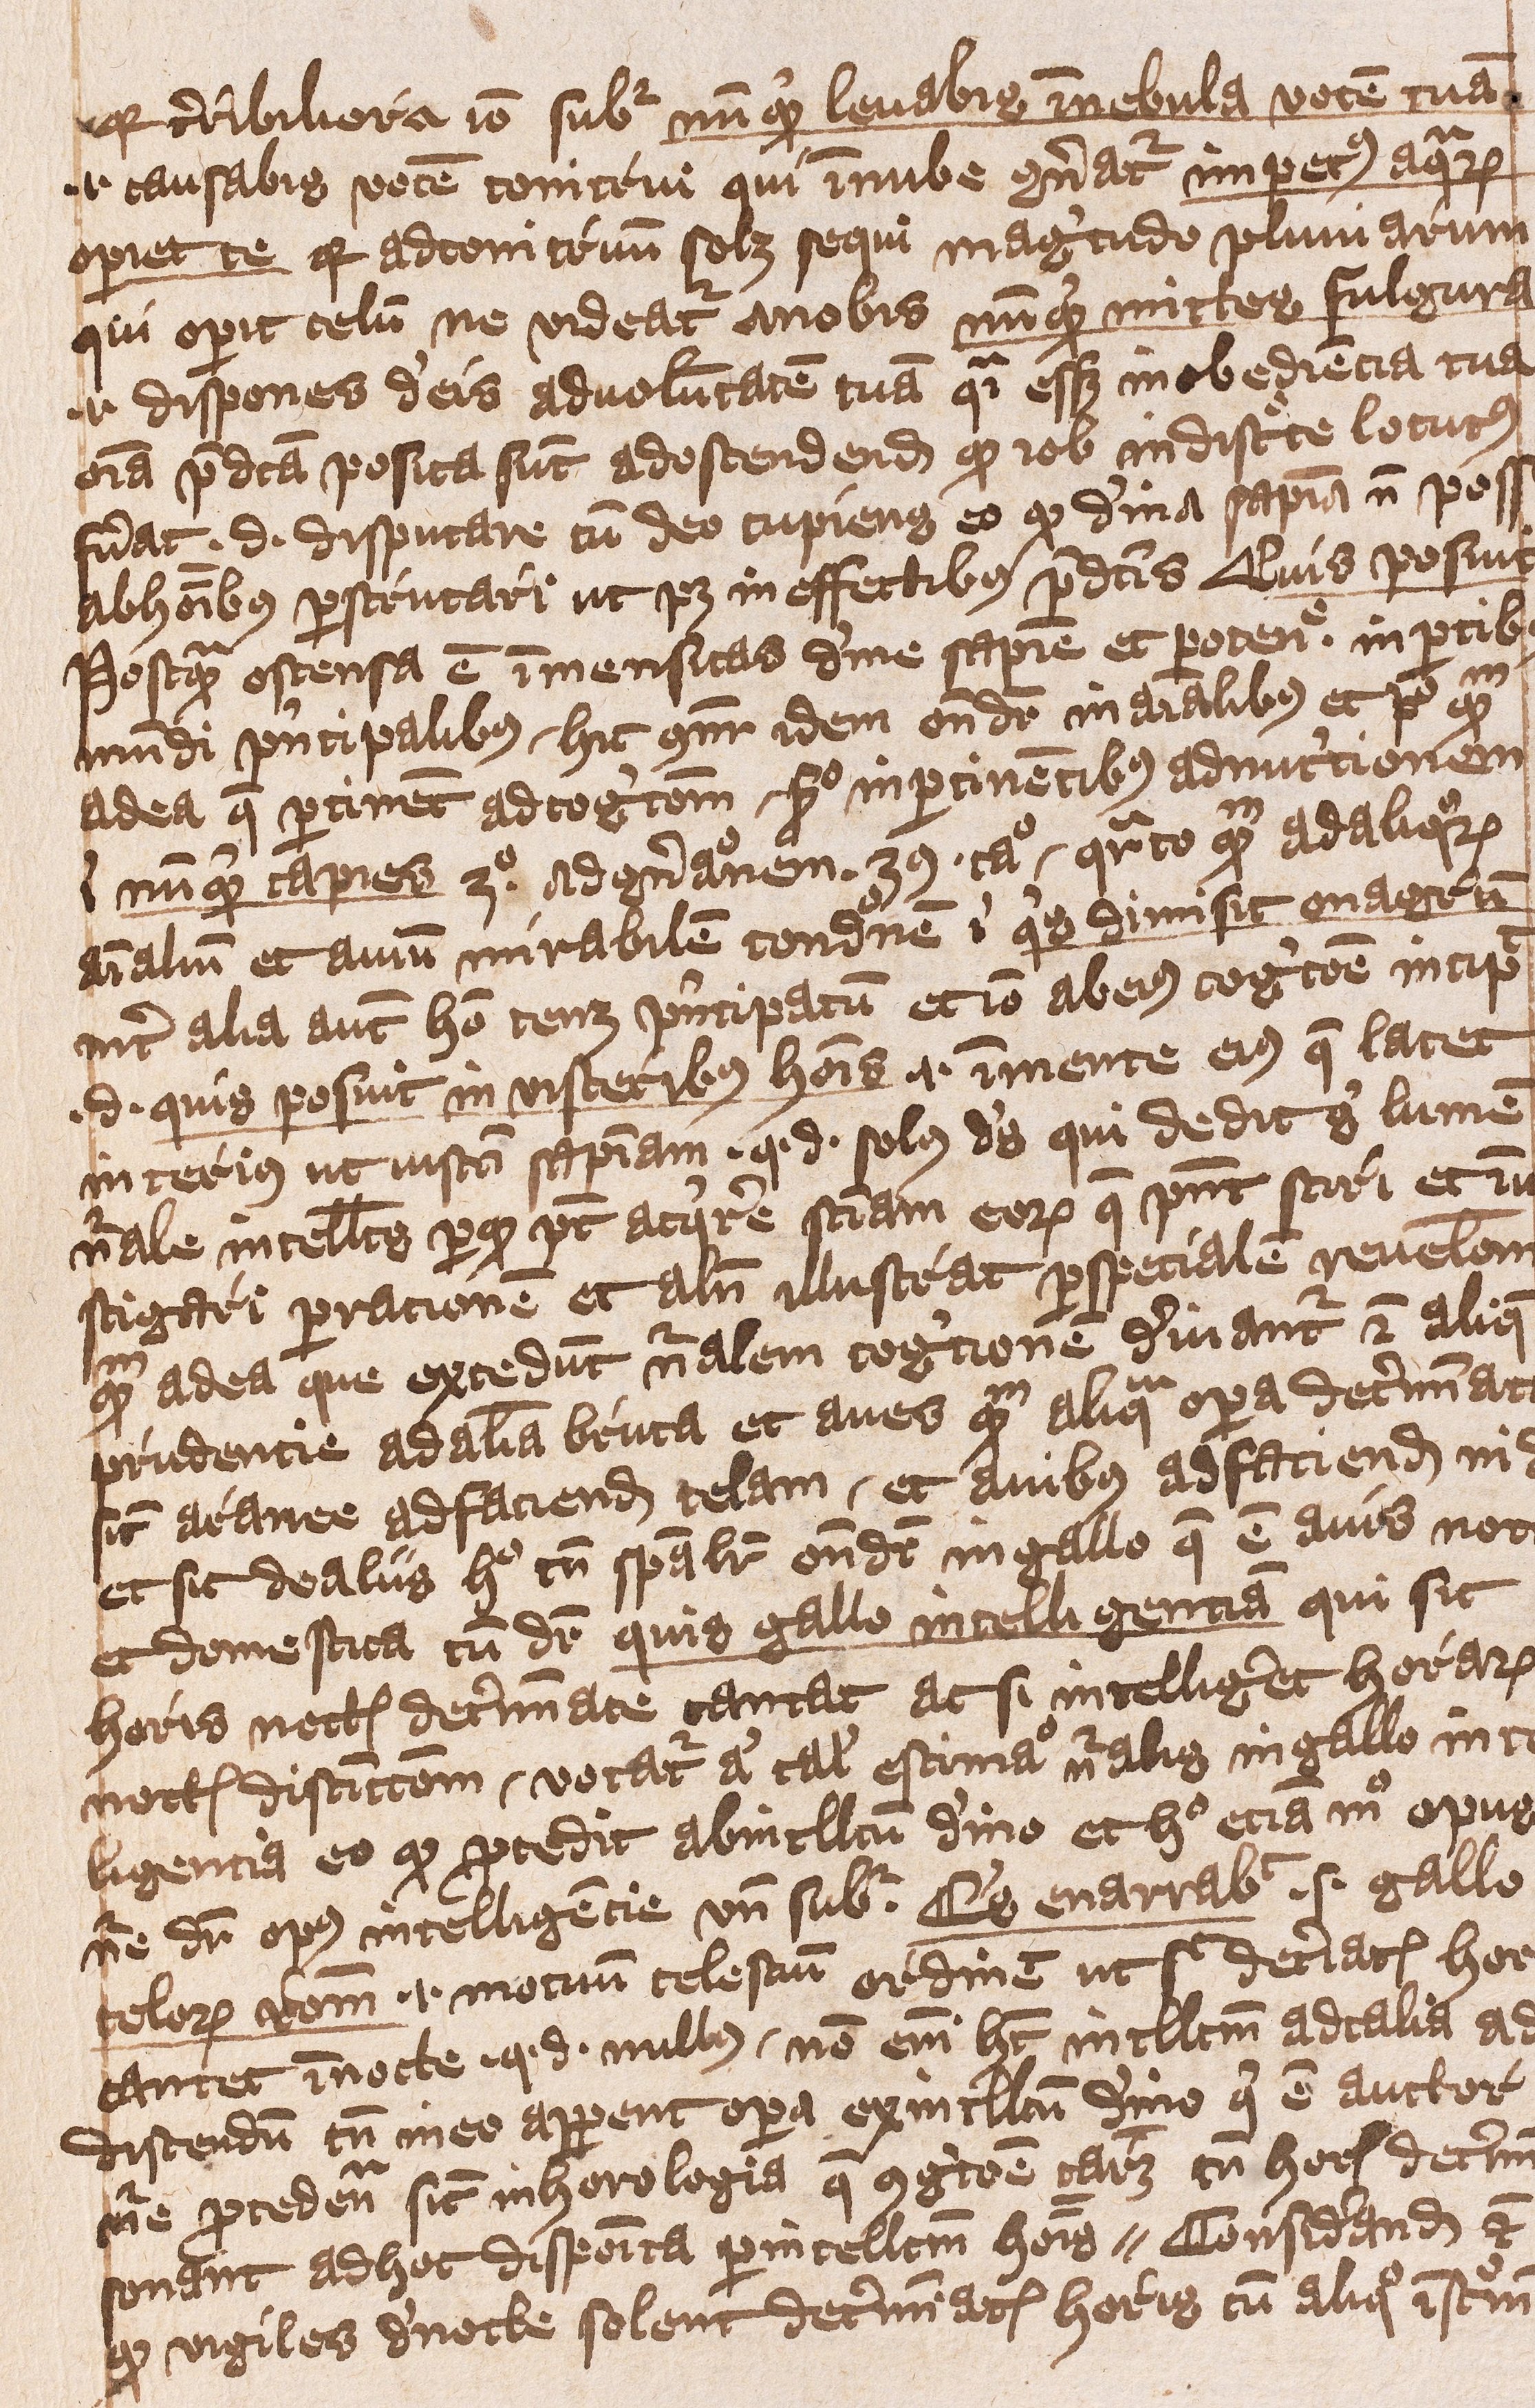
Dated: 1401–1401